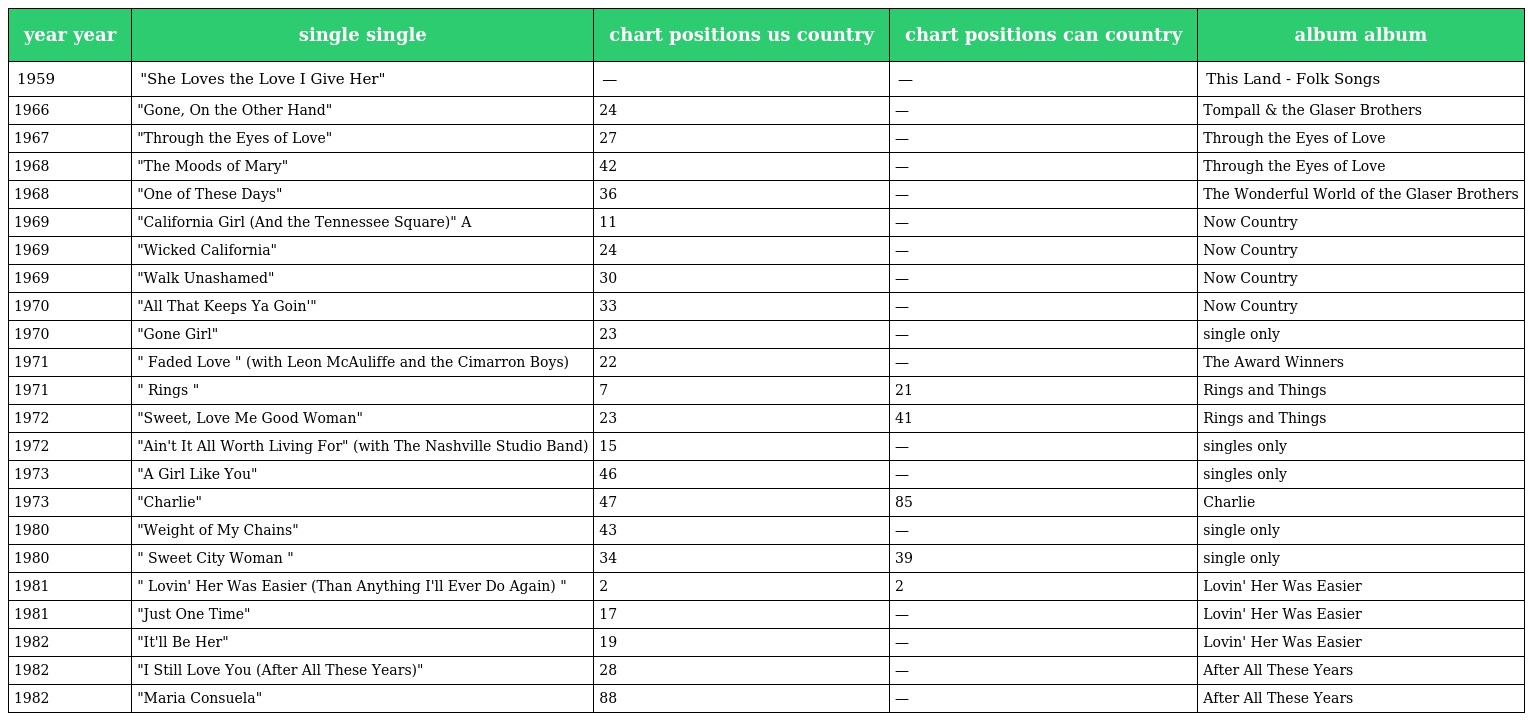
| year year | single single | chart positions us country | chart positions can country | album album |
 | --- | --- | --- | --- | --- |
 | 1959 | "She Loves the Love I Give Her" | — | — | This Land - Folk Songs |
 | 1966 | "Gone, On the Other Hand" | 24 | — | Tompall & the Glaser Brothers |
 | 1967 | "Through the Eyes of Love" | 27 | — | Through the Eyes of Love |
 | 1968 | "The Moods of Mary" | 42 | — | Through the Eyes of Love |
 | 1968 | "One of These Days" | 36 | — | The Wonderful World of the Glaser Brothers |
 | 1969 | "California Girl (And the Tennessee Square)" A | 11 | — | Now Country |
 | 1969 | "Wicked California" | 24 | — | Now Country |
 | 1969 | "Walk Unashamed" | 30 | — | Now Country |
 | 1970 | "All That Keeps Ya Goin'" | 33 | — | Now Country |
 | 1970 | "Gone Girl" | 23 | — | single only |
 | 1971 | " Faded Love " (with Leon McAuliffe and the Cimarron Boys) | 22 | — | The Award Winners |
 | 1971 | " Rings " | 7 | 21 | Rings and Things |
 | 1972 | "Sweet, Love Me Good Woman" | 23 | 41 | Rings and Things |
 | 1972 | "Ain't It All Worth Living For" (with The Nashville Studio Band) | 15 | — | singles only |
 | 1973 | "A Girl Like You" | 46 | — | singles only |
 | 1973 | "Charlie" | 47 | 85 | Charlie |
 | 1980 | "Weight of My Chains" | 43 | — | single only |
 | 1980 | " Sweet City Woman " | 34 | 39 | single only |
 | 1981 | " Lovin' Her Was Easier (Than Anything I'll Ever Do Again) " | 2 | 2 | Lovin' Her Was Easier |
 | 1981 | "Just One Time" | 17 | — | Lovin' Her Was Easier |
 | 1982 | "It'll Be Her" | 19 | — | Lovin' Her Was Easier |
 | 1982 | "I Still Love You (After All These Years)" | 28 | — | After All These Years |
 | 1982 | "Maria Consuela" | 88 | — | After All These Years |